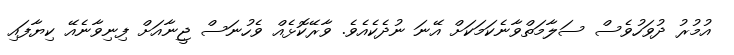
އުމުރު ދުވަހުވެސް ސަލާމަތްވާނެކަމަކަށް އޭނަ ނުދެކެއެވެ. ވާރޭކޮޅެއް ވެހުނަސް ޖީނާއަށް ފިނިވާނެއޭ ކިޔާފައި